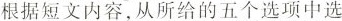
根据短文内容,从所给的五个选项中选